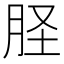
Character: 𦙾